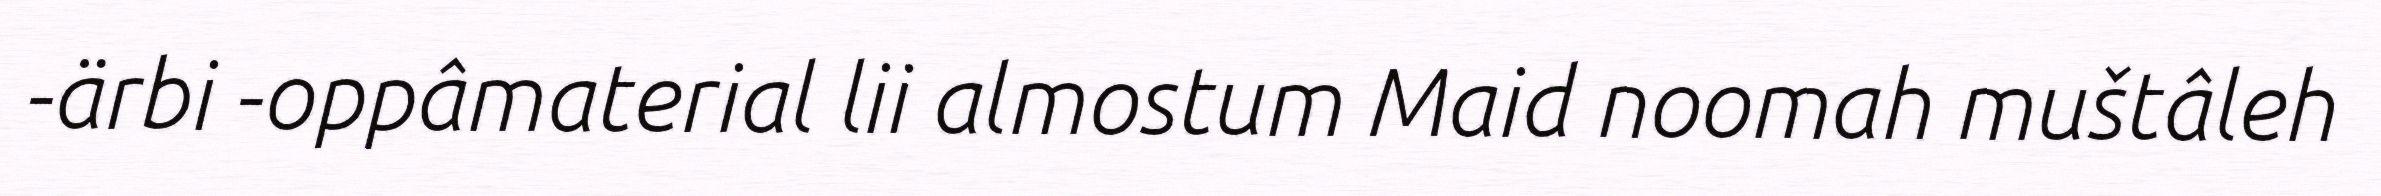
-ärbi -oppâmaterial lii almostum Maid noomah muštâleh